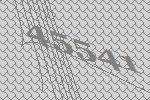
45541